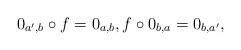
LaTeX: \begin{align*} 0_{a',b}\circ f=0_{a,b},f\circ 0_{b,a}=0_{b,a'},\end{align*}